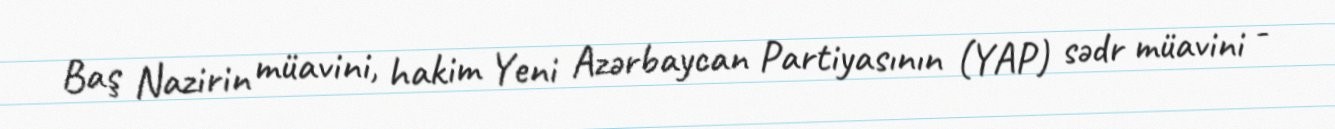
Baş Nazirin müavini, hakim Yeni Azərbaycan Partiyasının (YAP) sədr müavini -